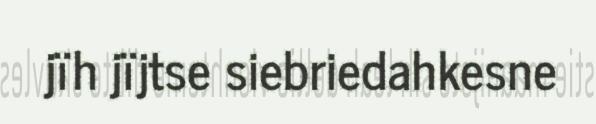
jïh jïjtse siebriedahkesne